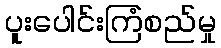
ပူးပေါင်းကြံစည်မှု